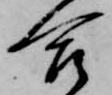
合